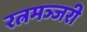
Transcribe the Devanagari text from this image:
रत्नमञ्जरी